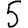
Digit: 5